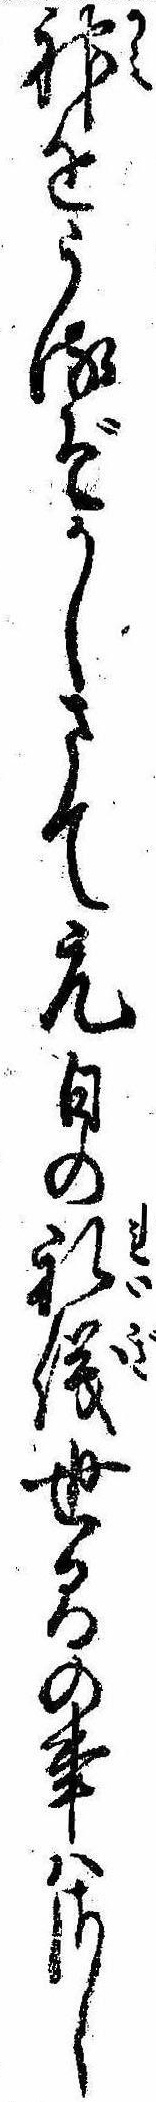
神をうるぞかしさて元日の礼儀世間の事はさし